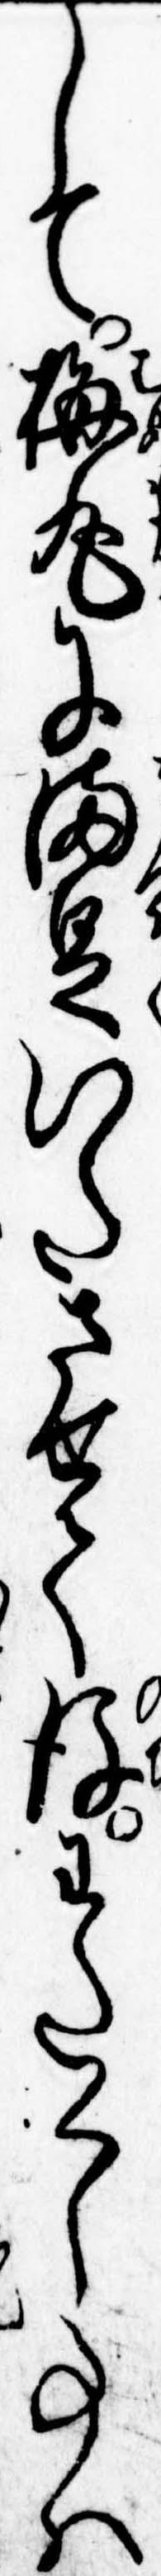
して梅丸に満足いたさせて後わたくし事は